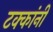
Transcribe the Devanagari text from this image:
टक्कांनी